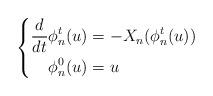
LaTeX: \begin{align*}\left\{\begin{aligned}\frac{d}{dt}\phi_n^t(u)&=-X_n(\phi_n^t(u))\\\phi_n^0(u)&=u\end{aligned}\right.\end{align*}